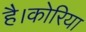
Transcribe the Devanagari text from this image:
है।कोरिया